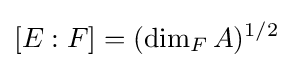
[E:F]=(\dim _{F}A)^{1/2}